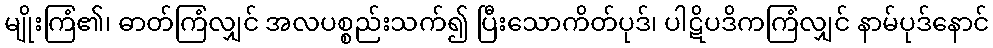
မျိုးကြံ၏၊ ဓာတ်ကြံလျှင် အလပစ္စည်းသက်၍ ပြီးသောကိတ်ပုဒ်၊ ပါဋိပဒိကကြံလျှင် နာမ်ပုဒ်နောင်